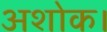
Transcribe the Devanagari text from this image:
अशोक।